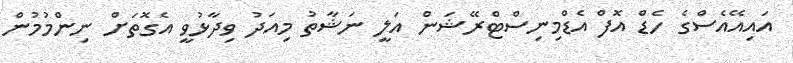
އައިއޭއެސްގެ ހެޑް އޮފް އެޑްމިނިސްޓްރޭޝަން އަލީ ނަޝާތު މިއަދު ވިދާޅުވީ އެގޮތަށް ނިންމުމުން